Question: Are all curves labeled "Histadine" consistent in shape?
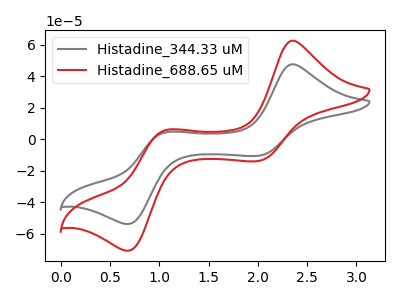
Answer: <think>The gray curve "Histadine_344.33 uM" has anodic peaks at (2.35V, 47.60uA) (1.05V, 4.30uA) and cathodic peaks at (2.00V, -10.55uA) (0.70V, -53.95uA). The red curve "Histadine_688.65 uM" has anodic peaks at (2.35V, 62.60uA) (1.05V, 5.65uA) and cathodic peaks at (2.00V, -13.85uA) (0.70V, -70.95uA).
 All the peaks in "Histadine_344.33 uM" have a peak in "Histadine_688.65 uM" at the same potential. Every peak in "Histadine_344.33 uM" is lower than every peak in "Histadine_688.65 uM".</think>
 <answer>All the CV's of "Histadine" have similar shape.</answer>
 <eval>follow_rule</eval>